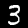
Digit: 3